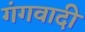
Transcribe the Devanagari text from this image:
गंगवादी